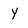
Character: Y